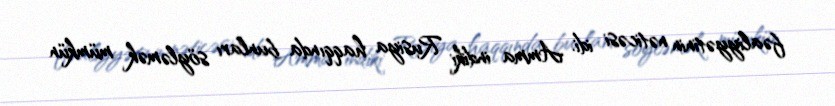
fəaliyyətinin nəticəsi idi. Amma indiki Rusiya haqqında bunları söyləmək mümkün